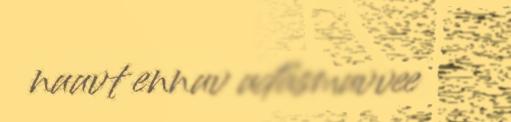
nuuvt ennuv uđâsmuvvee